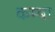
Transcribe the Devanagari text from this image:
कम्बा